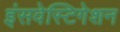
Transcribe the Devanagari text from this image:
इंसवेस्टिगेशन